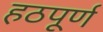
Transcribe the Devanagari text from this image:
हठपूर्ण